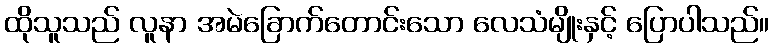
ထိုသူသည် လူနာ အမဲခြောက်တောင်းသော လေသံမျိုးနှင့် ပြောပါသည်။